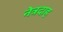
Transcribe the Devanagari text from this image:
नेत्रदाह